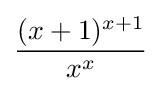
{\frac {(x+1)^{x+1}}{x^{x}}}